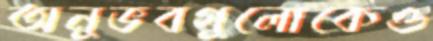
অনুভবগুলোকেও